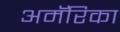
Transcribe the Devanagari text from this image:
अमॅरिका